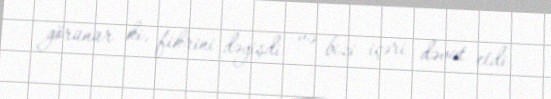
görünür ki, fikrini dəyişdi və bizi içəri dəvət etdi.